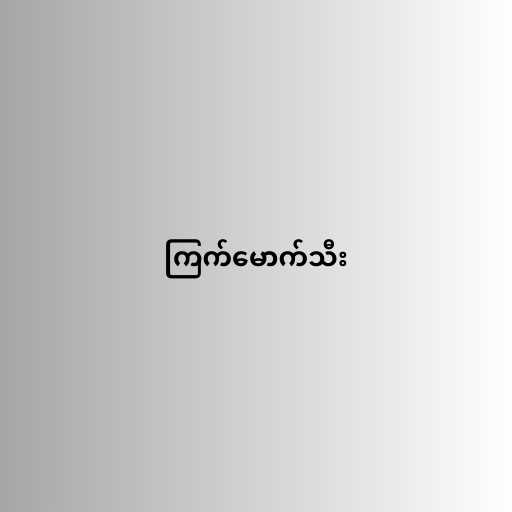
ကြက်မောက်သီး